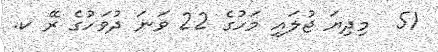
51  މިދިޔަ ޖުލައި މަހުގެ 22 ވަނަ ދުވަހުގެ ރޭ ކ.